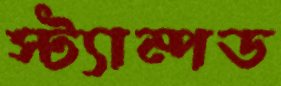
স্ট্যাম্পড